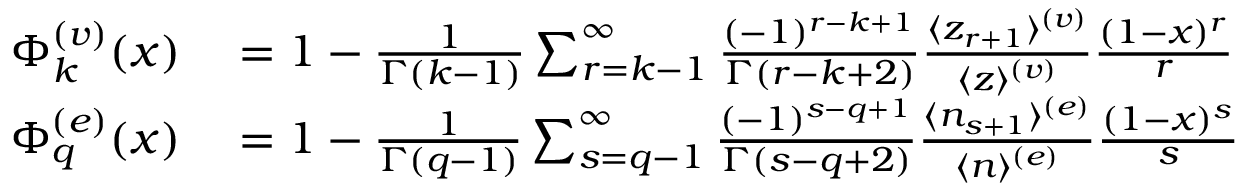
\begin{array} { r l } { \Phi _ { k } ^ { ( v ) } ( x ) } & { { } = 1 - { \frac { 1 } { \Gamma ( k - 1 ) } } \sum _ { r = k - 1 } ^ { \infty } { \frac { ( - 1 ) ^ { r - k + 1 } } { \Gamma ( r - k + 2 ) } } { \frac { \langle z _ { r + 1 } \rangle ^ { ( v ) } } { \langle z \rangle ^ { ( v ) } } } { \frac { ( 1 - x ) ^ { r } } { r } } } \\ { \Phi _ { q } ^ { ( e ) } ( x ) } & { { } = 1 - { \frac { 1 } { \Gamma ( q - 1 ) } } \sum _ { s = q - 1 } ^ { \infty } { \frac { ( - 1 ) ^ { s - q + 1 } } { \Gamma ( s - q + 2 ) } } { \frac { \langle n _ { s + 1 } \rangle ^ { ( e ) } } { \langle n \rangle ^ { ( e ) } } } { \frac { ( 1 - x ) ^ { s } } { s } } } \end{array}